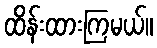
ထိန်းထားကြမယ်။